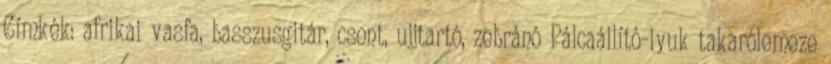
Címkék: afrikai vasfa, basszusgitár, csont, ujjtartó, zebránó Pálcaállító-lyuk takarólemeze